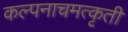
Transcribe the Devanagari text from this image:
कल्पनाचमत्कृती